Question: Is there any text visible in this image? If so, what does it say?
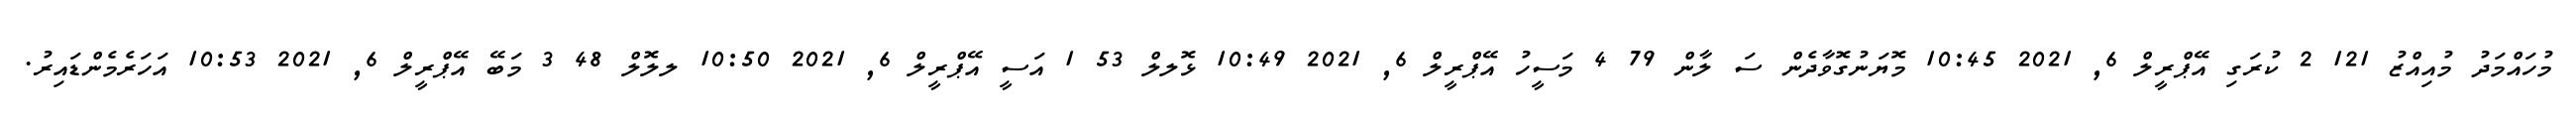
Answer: މުހައްމަދު މުއިއްޒު 121 2 ކުރަގި އޭޕްރީލް 6, 2021 10:45 މޮޔަނުގޮވާދެން ސަ ލާން 79 4 މަސީހު އޭޕްރީލް 6, 2021 10:49 ޅޮލލް 53 1 އަސީ އޭޕްރީލް 6, 2021 10:50 ލލޮލް 48 3 މަބޭ އޭޕްރީލް 6, 2021 10:53 އަހަރެމެންޑައިރު.